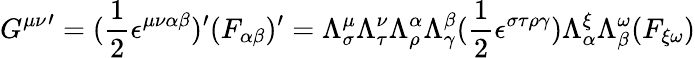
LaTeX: {G^{\mu\nu}}^{\prime}=(\frac{1}{2}\epsilon^{\mu\nu\alpha\beta})^{\prime}(F_{\alpha\beta})^{\prime}=\Lambda_{\sigma}^{\mu}\Lambda_{\tau}^{\nu}\Lambda_{\rho}^{\alpha}\Lambda_{\gamma}^{\beta}(\frac{1}{2}\epsilon^{\sigma\tau\rho\gamma})\Lambda_{\alpha}^{\xi}\Lambda_{\beta}^{\omega}(F_{\xi\omega})